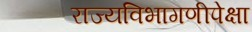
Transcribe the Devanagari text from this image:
राज्यविभागणीपेक्षा